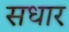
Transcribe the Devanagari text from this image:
सधार